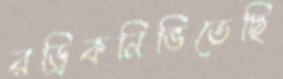
রড্রিকনিভিতেছি